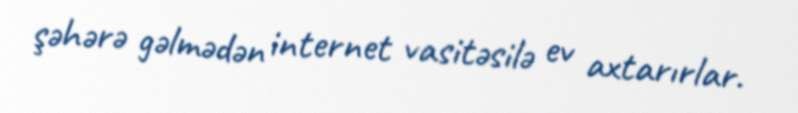
şəhərə gəlmədən internet vasitəsilə ev axtarırlar.